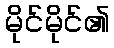
မိုင်မိုင်၏